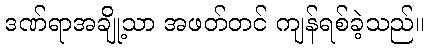
ဒဏ်ရာအချို့သာ အဖတ်တင် ကျန်ရစ်ခဲ့သည်။